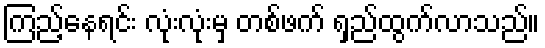
ကြည့်နေရင်း လုံးလုံးမှ တစ်ဖက် ရှည်ထွက်လာသည်။